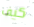
كيف